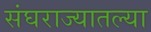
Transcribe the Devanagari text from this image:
संघराज्यातल्या